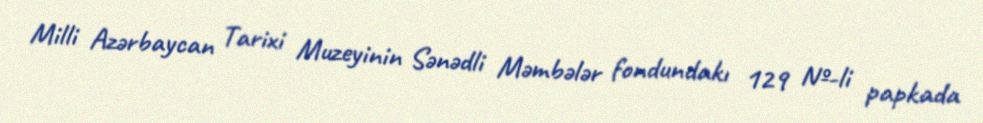
Milli Azərbaycan Tarixi Muzeyinin Sənədli Məmbələr fondundakı 129 №-li papkada